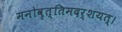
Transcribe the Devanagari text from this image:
मनोवृत्तिमदर्शयत्।